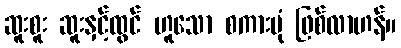
ဆူးစူး ဆူးနှင့်ထွင် ဟူသော စကားပုံ ဖြစ်လာဟန်။